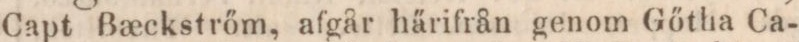
Capt Bæckstrőm, afgår härifrån genom Gőtha Ca-